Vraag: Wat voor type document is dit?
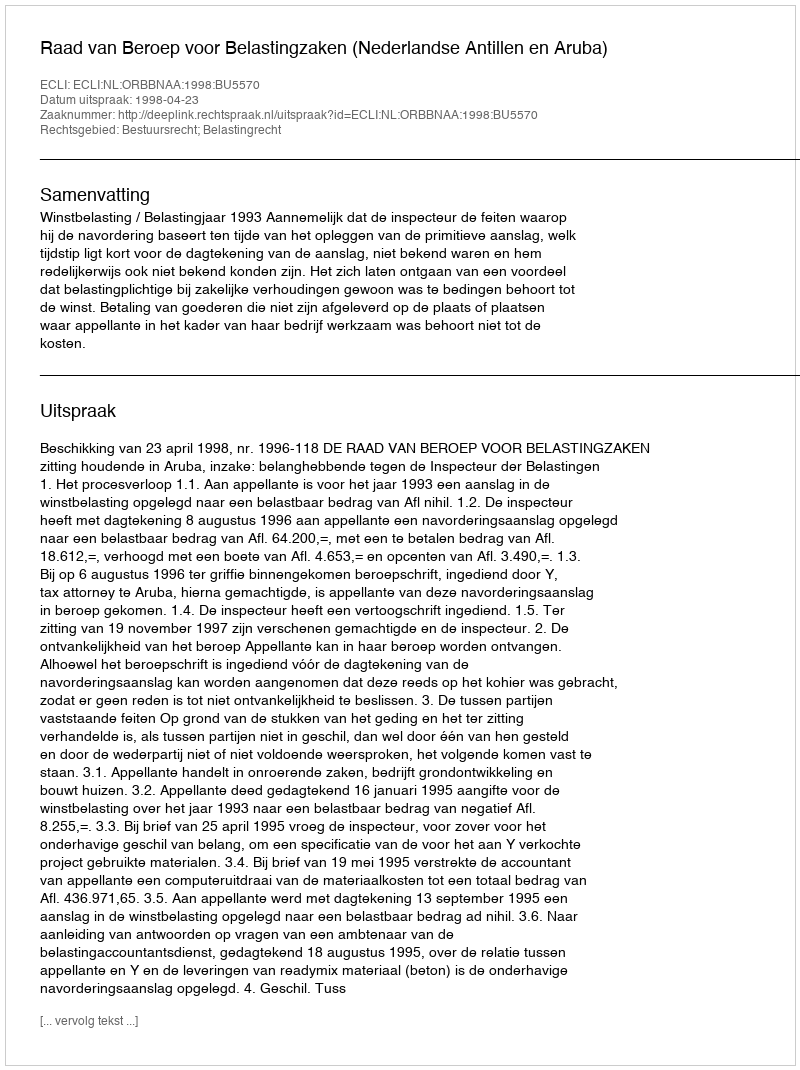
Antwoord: Uitspraak